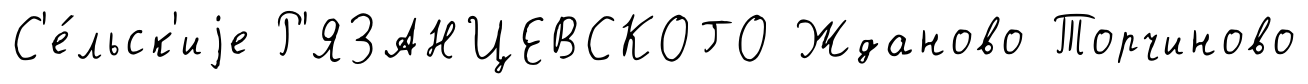
С'е́льск'иjе Р'ЯЗАНЦЕВСКОГО Жданово Торчиново